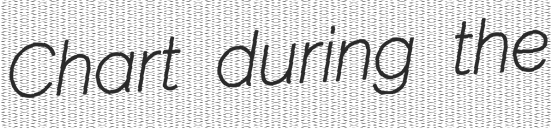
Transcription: Chart during the